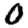
Digit: 0